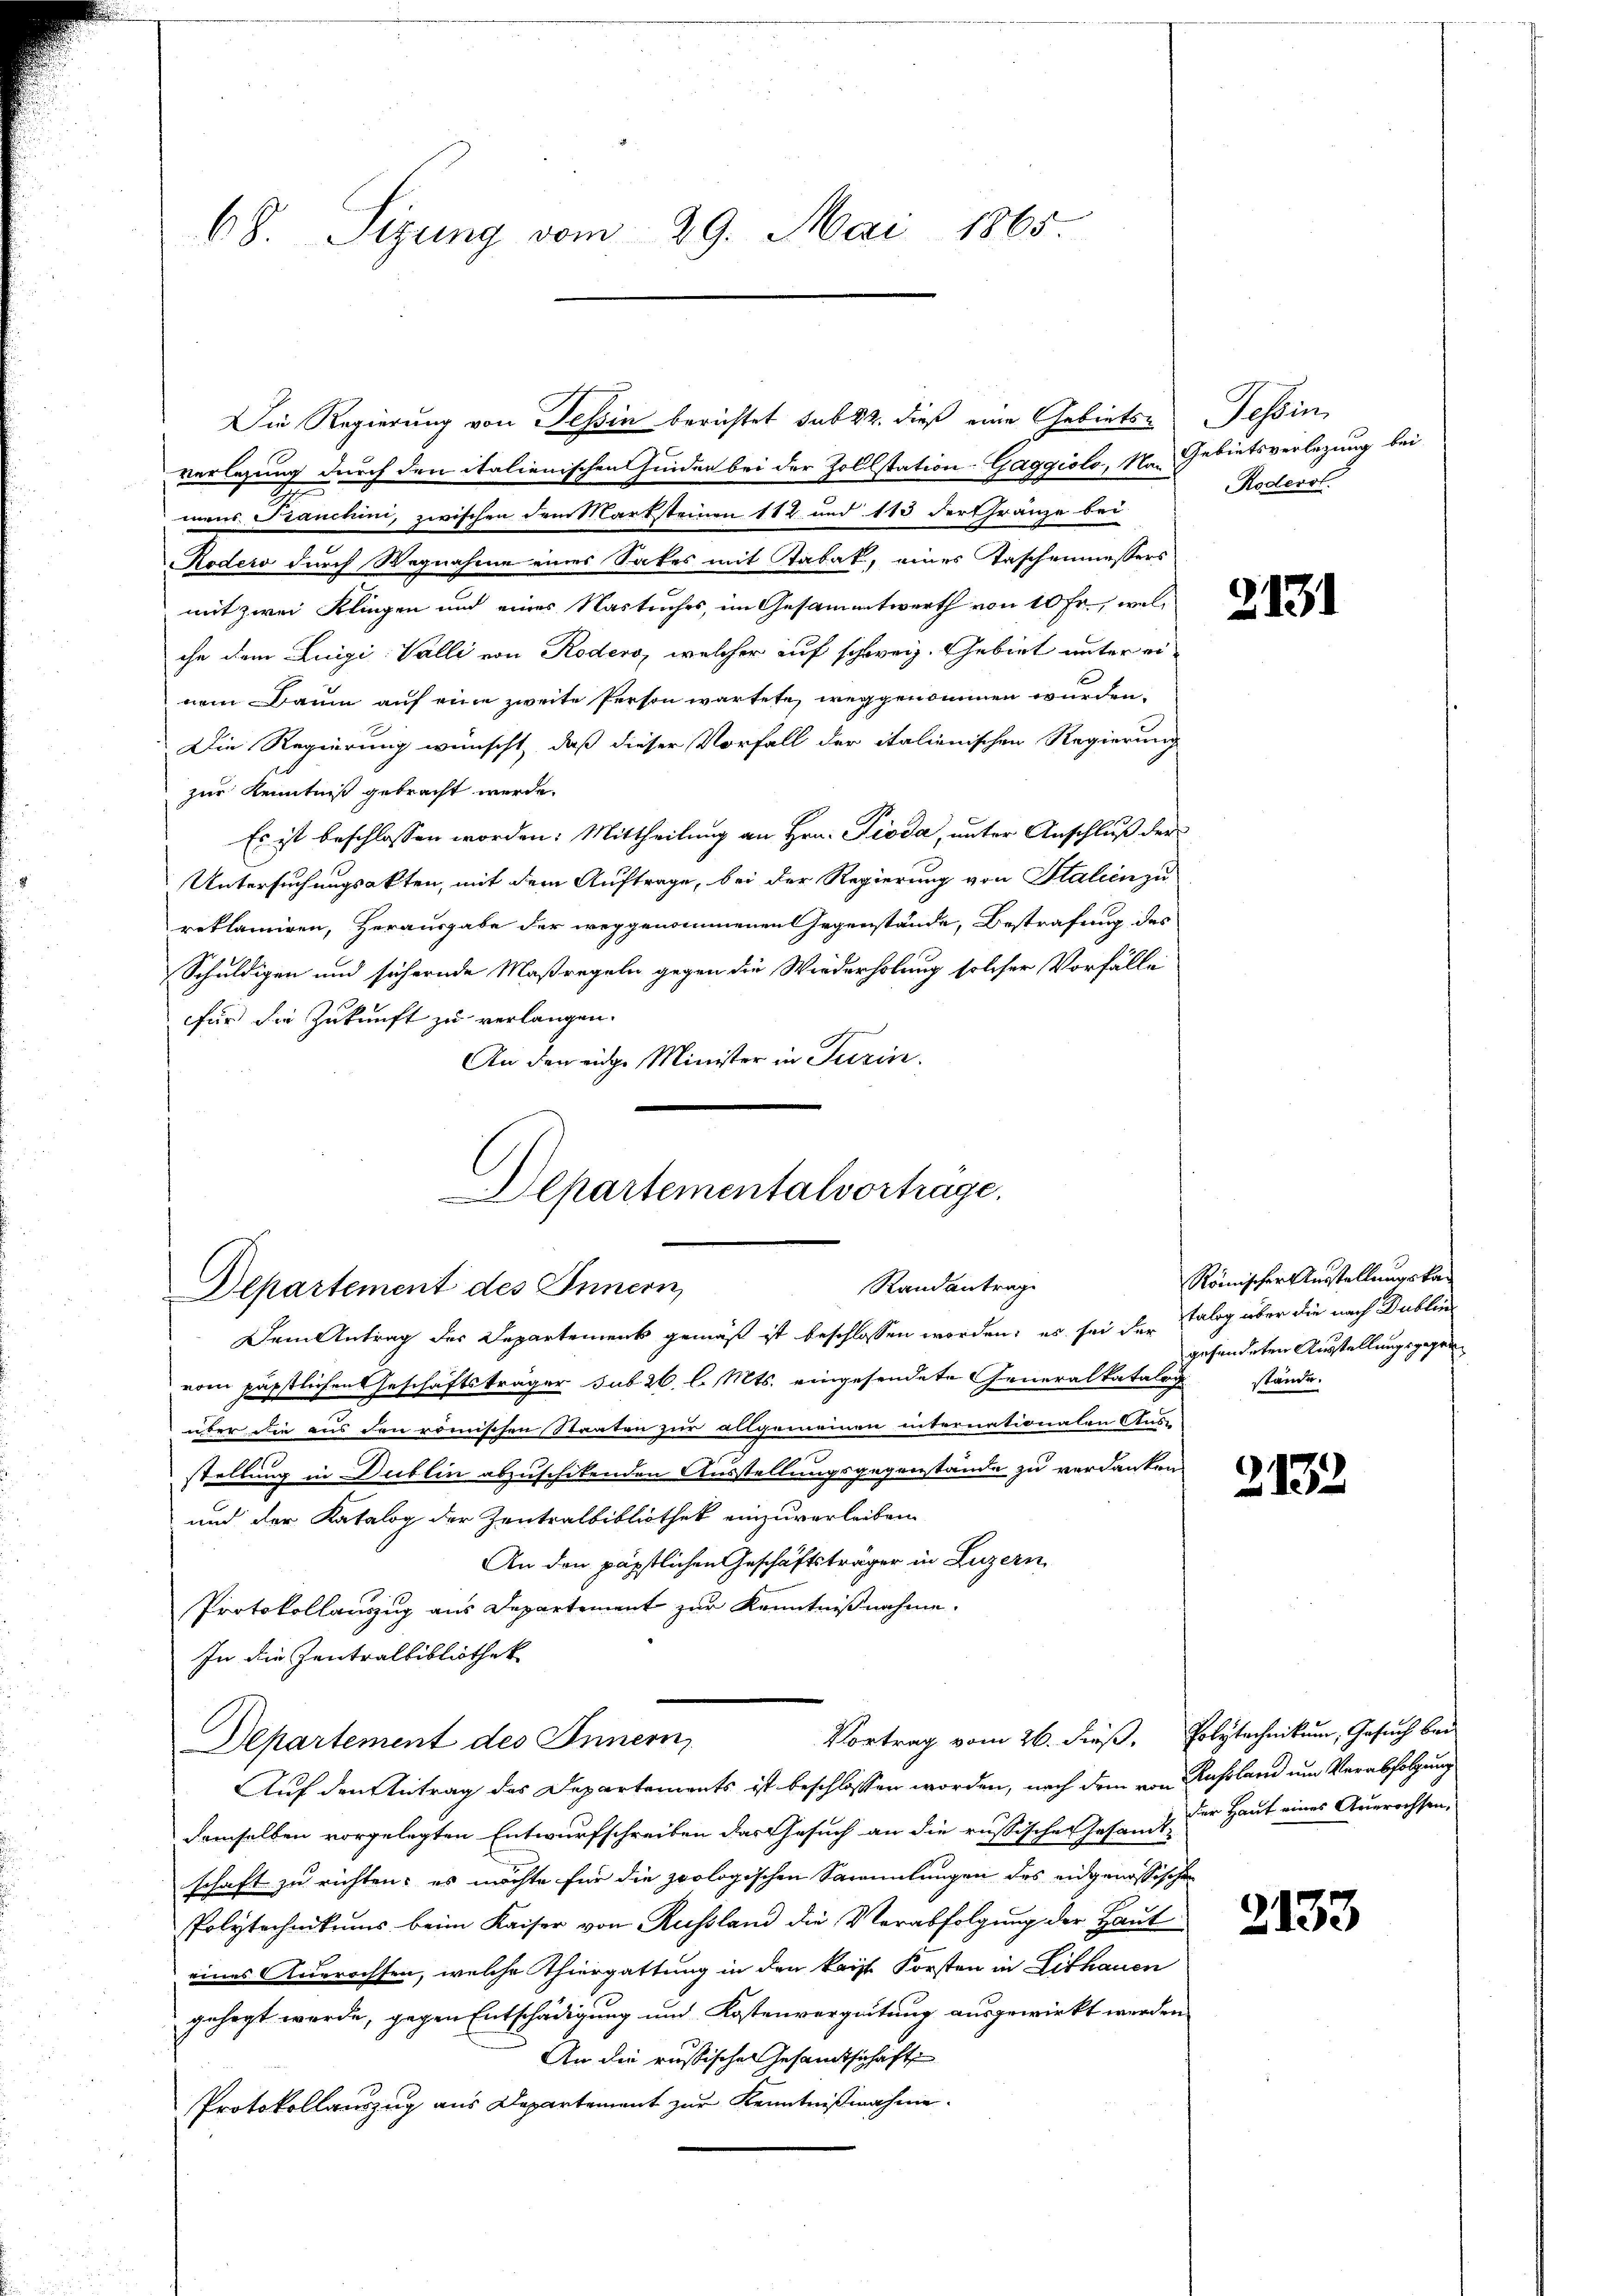
68. Sizung vom 29. Mai 1865.

Die Regierung von Tessin berichtet sub 22. dieß eine Gebietsverlegung durch den italienischen Finden bei der Zollstation Gaggiolo, Na. Gebietsverlegung bei
mans Franchini, zwischen dem Marksteinen 112 und 113 der Gränze bei
Rodero durch Wegnahme eines Sakes mit Tabak, eines Taschenmessers
mit zwei Klingen und einer Nastuches, im Gesammtwerth von 10 fr., welche dem Luigi Valli von Roders, welcher auf schweiz. Gebiet unter einem Baum auf eine zweite Person wartete, weggenommen würden.
Die Regierung wünscht, daß dieser Vorfall der italienischen Regierung
zur Kenntniß gebracht werde.
Es ist beschlossen worden. Mittheilung an Hrn. Pioda, unter Anschluß der
Untersuchungsakten, mit dem Auftrage, bei der Regierung von Stalien zu
reklamiren, Herausgabe der weggenommenen Gegenstände, Bestrafung des
Schuldigen und sichernde Maßregeln gegen die Wiederholung solcher Vorfälle
für die Zukunft zu verlangen.
An den eidge Minister in Turin.

Departementalvertrage.
Randantrage
Departement des Innern,

Dem Antrag der Departement gemäß ist beschlossen worden; es sei der Falog über die nach Dublic
vom päpstlichen Geschäftsträger sub 26 l. Mts. eingesendete Generalkatalogstände.
über die aus den römischen Staaten zur allgemeinen internationalen Aus-
stellung in Dublin abzuschikenden Ausstellungsgegenstände zu verdanken
und der Katalog der Zentralbibliothek einzuverleiben
An den päpstlichen Geschäftsträger in Luzern,
Protokollauszug aus Departement zur Kenntnißnahme.
In die Zentralbibliothek
Departement des Innern,
Auf den Antrag des Departements ist beschlossen worden, nach dem von Russland um Verabfolgung
demselben vorgelegten Entwurfschreiben das Gesuch an die russischen Gesamt der Haus eines Auerachsen.
schaft zu richten; es möchte für die zoologischen Sammlungen des eidgenössischen
Polytechnikums beim Kaiser von Russland die Verabfolgung der Haut
eines Auerachten, welche Thiergattung in den kaist Forsten in Lithauen
gehegt werde, gegen Entschädigung und Kostenverzeitung ausgewirkt werden
An die russischen Gesamtschaft
Protokollauszug aus Departement zur Kenntnißnahme.

Vortrag vom 26. dieß. Polytechnikum, Gesuch bei

Tessin
Rodenst.

2131

Römischer Ausstellungskan
gehendeten Ausstellungsgegen¬

2132

2133